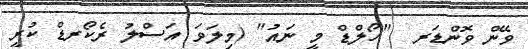
ވޭން ވޮންޑަރ  "ހޯލްޑް މީ ނައު" (މިލަވަ އަސްލު ރެކޯރޑް ކުރީ